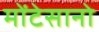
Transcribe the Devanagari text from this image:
मोंटेसानो